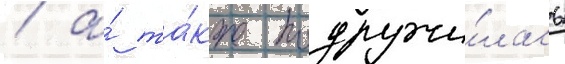
/ а́ та́кже подружи́лась